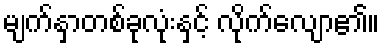
မျက်နှာတစ်ခုလုံးနှင့် လိုက်လျော၏။